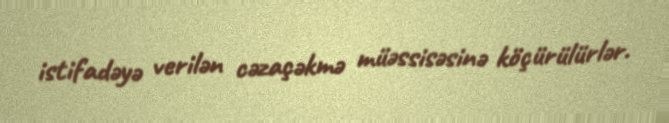
istifadəyə verilən cəzaçəkmə müəssisəsinə köçürülürlər.